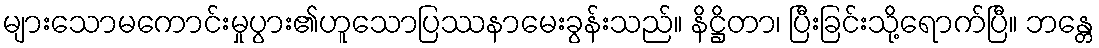
များသောမကောင်းမှုပွား၏ဟူသောပြဿနာမေးခွန်းသည်။ နိဋ္ဌိတာ၊ ပြီးခြင်းသို့ရောက်ပြီ။ ဘန္တေ